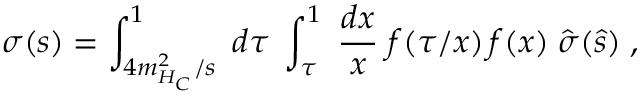
\sigma ( s ) = \int _ { 4 m _ { H _ { C } } ^ { 2 } / s } ^ { 1 } \; d \tau \; \int _ { \tau } ^ { 1 } \; \frac { d x } { x } \; f ( \tau / x ) \, f ( x ) \; \hat { \sigma } ( \hat { s } ) \; ,